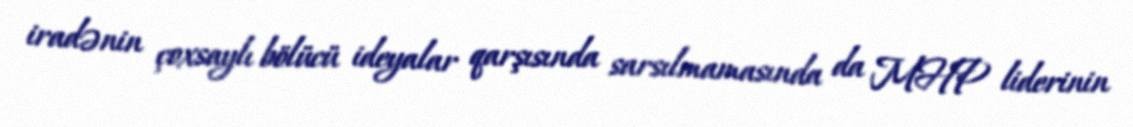
iradənin çoxsaylı bölücü ideyalar qarşısında sarsılmamasında da MHP liderinin